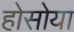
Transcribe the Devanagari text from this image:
होसोया